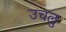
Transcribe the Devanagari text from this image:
उचलु